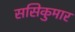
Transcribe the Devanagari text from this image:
ससिकुमार